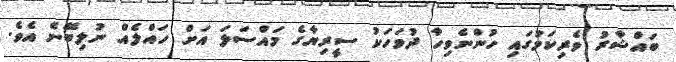
ބައްޝާރު ވެރިކަމުގައި ހުންނެވިހާ ދުވަހަކު ސީރިޔާގެ މައްސަލަ އަށް ހައްލެއް ނުލިބޭނެ އެވެ.